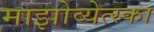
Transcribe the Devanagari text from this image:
माझोव्येत्स्का